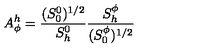
A _ { \phi } ^ { h } = \frac { ( S _ { 0 } ^ { 0 } ) ^ { 1 / 2 } } { S _ { h } ^ { 0 } } \frac { S _ { h } ^ { \phi } } { ( S _ { 0 } ^ { \phi } ) ^ { 1 / 2 } }